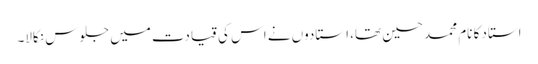
استاد کا نام محمد حسین تھا، استادوں نے اس کی قیادت میں جلوس نکالا۔